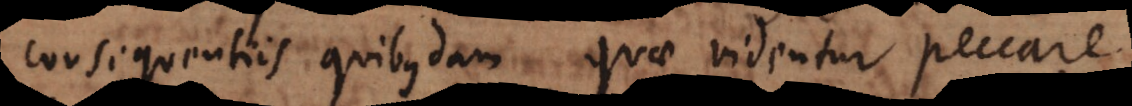
consequentiis quibusdam, quae videntur peccare